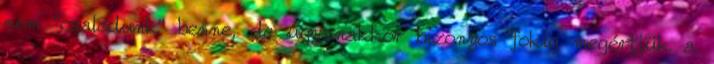
nem “csalódunk” benne, de ugyanakkor bizonyos fokig megértjük a